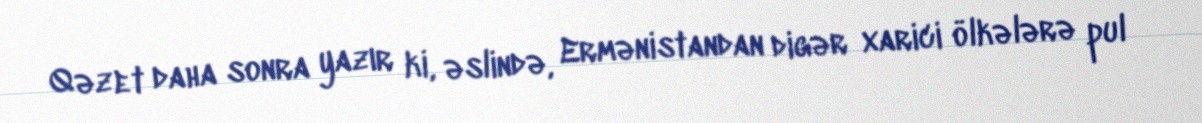
Qəzet daha sonra yazır ki, əslində, Ermənistandan digər xarici ölkələrə pul